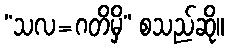
“သလ=ဂတိမှိ” စသည်ဆို။